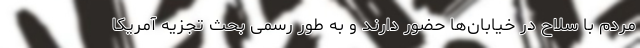
مردم با سلاح در خیابان‌ها حضور دارند و به طور رسمی بحث تجزیه آمریکا